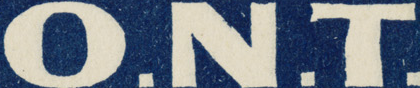
O.N.T.